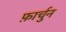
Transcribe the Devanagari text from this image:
फ़ार्चुन